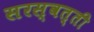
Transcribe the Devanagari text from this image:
सरस्वत्ती